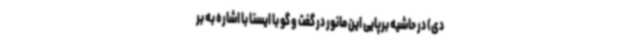
دی) در حاشیه برپایی این مانور در گفت و گو با ایسنا با اشاره به بر